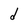
Character: d